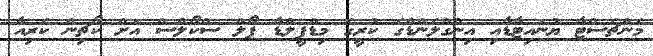
މެންޗެސްޓާ ޔުނައިޓާޑާއި އިންގްލެންޑްގެ ކުރީގެ މިޑްފީލްޑާ ޕޯލް ސްކޯލްސް އަށް ކޯޗިން ކެރިއާ